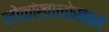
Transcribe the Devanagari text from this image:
लोकांखालोखाल